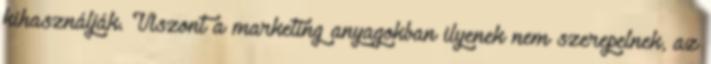
kihasználják. Viszont a marketing anyagokban ilyenek nem szerepelnek, az